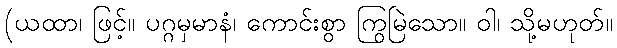
(ယထာ၊ ဖြင့်။ ပဂ္ဂမှမာနံ၊ ကောင်းစွာ ကြွမြဲသော။ ဝါ၊ သို့မဟုတ်။